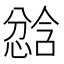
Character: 𫺾